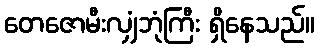
တေဇောမီးလျှံဘုံကြီး ရှိနေသည်။